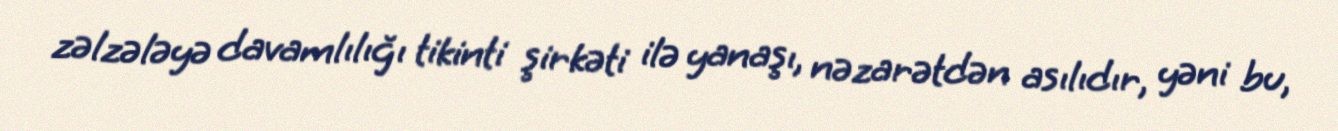
zəlzələyə davamlılığı tikinti şirkəti ilə yanaşı, nəzarətdən asılıdır, yəni bu,